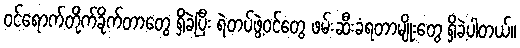
ဝင်ရောက်တိုက်ခိုက်တာတွေ ရှိခဲ့ပြီး ရဲတပ်ဖွဲ့ဝင်တွေ ဖမ်းဆီးခံရတာမျိုးတွေ ရှိခဲ့ပါတယ်။